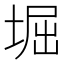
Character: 堀